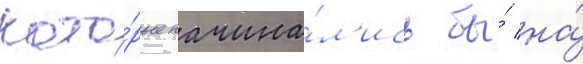
кото́рые начина́л'ись бы́ на́